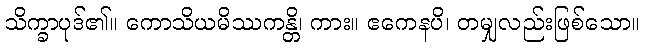
သိက္ခာပုဒ်၏။ ကောသိယမိဿကန္တိ၊ ကား။ ဧကေနပိ၊ တမျှလည်းဖြစ်သော။